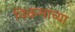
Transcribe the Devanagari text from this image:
विक्रमांच्या